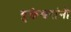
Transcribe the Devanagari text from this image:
युक्तेश्वरांनी